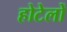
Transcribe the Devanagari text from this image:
होटेलों